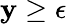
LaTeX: \mathbf{y}\ge\epsilon